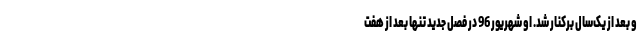
و بعد از یک‌سال برکنار شد. او شهریور 96 در فصل جدید تنها بعد از هفت